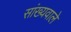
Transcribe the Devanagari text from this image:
सांख्यवाले